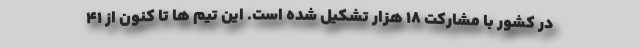
در کشور با مشارکت ۱۸ هزار تشکیل شده است. این تیم ها تا کنون از ۴۱